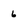
Character: 6